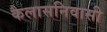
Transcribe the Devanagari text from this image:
कैलासनिवासी